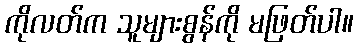
ကိုလတ်က သူများစွန်ကို မဖြတ်ပါ။